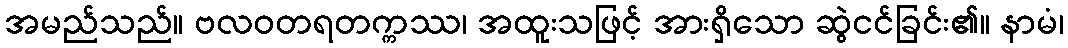
အမည်သည်။ ဗလဝတရတက္ကဿ၊ အထူးသဖြင့် အားရှိသော ဆွဲငင်ခြင်း၏။ နာမံ၊